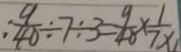
\frac { 9 } { 4 0 } \div 7 \div 3 = \frac { 9 } { 4 8 } \times \frac { 1 } { 7 x }